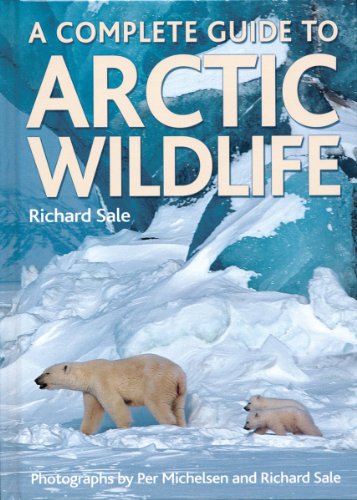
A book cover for A Complete Guide to Arctic Wildlife; Richard Sale; Travel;